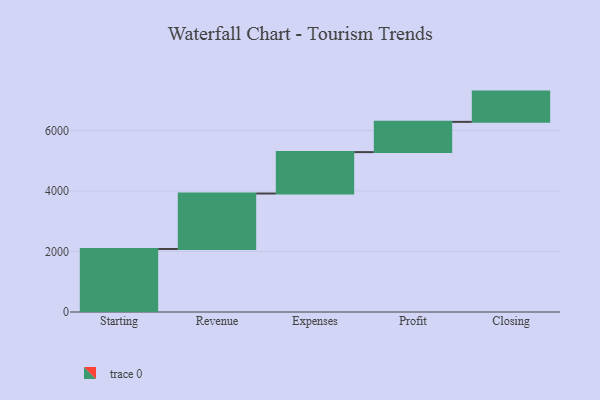
{"axis": {"x": "Step", "y": "Value"}, "legend": [""], "data": [{"x": "Starting", "y": 2082.0, "type": ""}, {"x": "Revenue", "y": 1834.0, "type": ""}, {"x": "Expenses", "y": 1368.0, "type": ""}, {"x": "Profit", "y": 1000, "type": ""}, {"x": "Closing", "y": 1000, "type": ""}]}